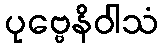
ပုဗ္ဗေနိဝါသံ